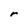
Character: r